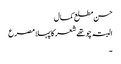
حسن مطلع کمال
البتہ چو تھے شعر کا پہلا مصرع
۔